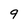
Character: 9